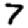
Digit: 7